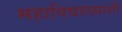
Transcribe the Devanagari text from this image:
महाविद्यालयाशी